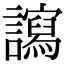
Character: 𧭠